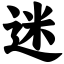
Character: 迷